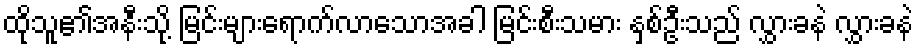
ထိုသူ၏အနီးသို့ မြင်းများရောက်လာသောအခါ မြင်းစီးသမား နှစ်ဦးသည် လွှားခနဲ လွှားခနဲ